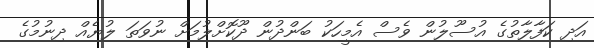
އަދި ކަފާލާތުގެ އުސޫލުން ވެސް އެމީހަކު ބަންދުން ދޫކޮށްލުމަށް ނުވަތަ ލުޔެއް ދިނުމުގެ